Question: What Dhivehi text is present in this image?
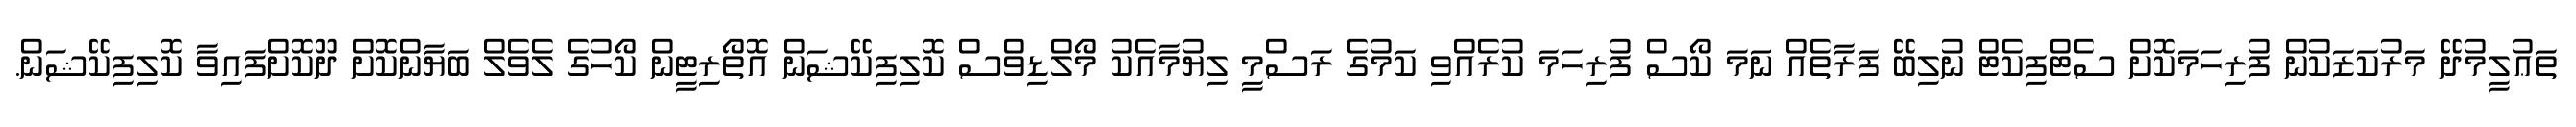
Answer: ތަޢުލީމުދޭ މަރުކަޒަކުން ފުރިހަމަކޮށް ސެޓްފިކެޓް ނުލިބޭ ފަރާތެއް ނަމަ ކޯސް ފުރިހަމަ ކުރެއްވި ކަމުގެ ރަސްމީ ލިޔުމާއެކު މޯލްޑިވްސް ކޮލިފިކޭޝަން އޮތޯރިޓީން ކޯހުގެ ލެވެލް ބަޔާންކޮށް ދޫކޮށްފައިވާ ކޮލިފިކޭޝަން.